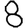
Digit: 8